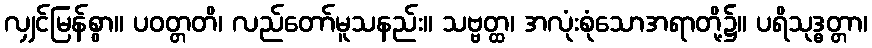
လျှင်မြန်စွာ။ ပဝတ္တတိ၊ လည်တော်မူသနည်း။ သဗ္ဗတ္ထ၊ အလုံးစုံသောအရာတို့၌။ ပရိသုဒ္ဓတ္တာ၊